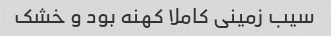
سیب زمینی کاملا کهنه بود و خشک